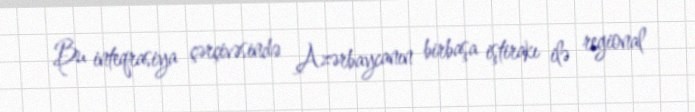
Bu inteqrasiya çərçivəsində Azərbaycanın birbaşa iştirakı ilə regional